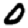
Digit: 0